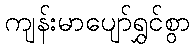
ကျန်းမာပျော်ရွှင်စွာ